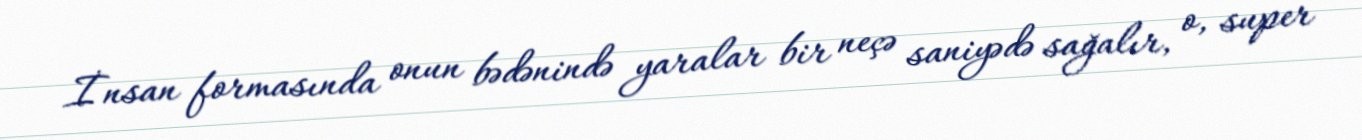
İnsan formasında onun bədənində yaralar bir neçə saniyədə sağalır, o, super